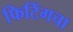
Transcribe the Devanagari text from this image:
फिटिंगचा